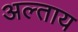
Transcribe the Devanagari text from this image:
अल्ताय